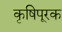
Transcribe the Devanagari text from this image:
कृषिपूरक